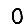
Digit: 0